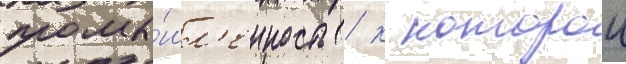
промы́шл'енность / к которои